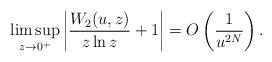
LaTeX: \begin{gather*}\limsup_{z\to 0^+} \left|\frac{W_2(u,z)}{z\ln z}+1\right|=O\left(\frac{1}{u^{2N}}\right) .\end{gather*}